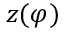
z ( \varphi )